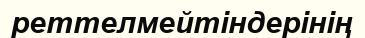
реттелмейтіндерінің